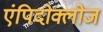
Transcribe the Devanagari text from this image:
एंपिदोक्लोज